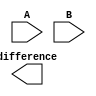
module ripple_carry_subtractor (
  input [7:0] A,
  input [7:0] B,
  output reg [7:0] difference
);

wire [7:0] borrow;
assign borrow[0] = 1'b0;

genvar i;

generate
  for (i = 0; i < 8; i = i + 1) begin : subtractor
    xor gate_xor(A[i], B[i], difference[i]);
    assign borrow[i+1] = ~A[i] & B[i] | (~A[i] ^ B[i]) & borrow[i];
  end
endgenerate

endmodule